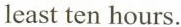
least ten hours.